Leaving Certificate Examination (including Day School Certificate (Higher) General paper), 1926
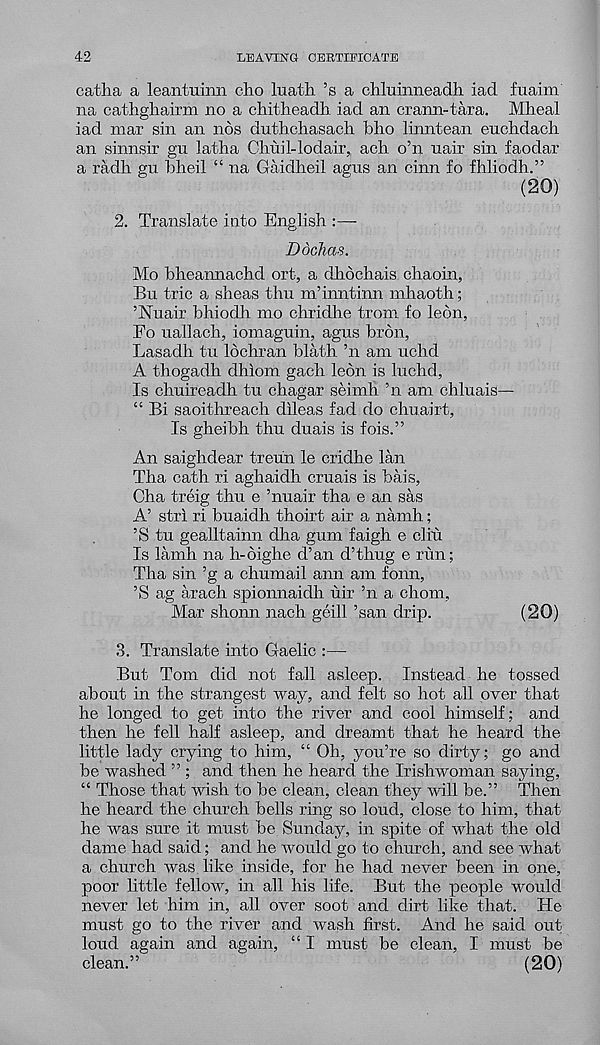
42
LEAVIire CERTIFICATE
catha a leantuiiin clio luath ’s a chluinneadli iad fuaim
na cathgliairm no a chitheadb iad an crann-tara. Mheal
iad mar sin an nos duthcliasach bho linntean euchdacli
an sinnsir gu latlia Chuil-lodair,, ach o’n uair sin faodar
a radh gu bheil “ na Gaidheil agus an cinn fo fhliodh.”
(20)
2. Translate into English :—
Ddchas.
Mo bheannachd ort, a dhochais chaoin,
Bu trie a sheas thu m’inntinn mhaoth;
’Nuair bhiodh mo chridhe trom fo leon,
Fo nail ach, iomaguin, agus hr on,
Lasadh tu Ibchran blath ’n am uchd
A thogadh dhlom gach leon is luchd,
Is chuireadh tu chagar seimh ’n am chluais—
“ Bi saoithreach dileas fad do chuairt,
Is gheibh thu duais is fois.”
An saighdear treun le cridhe lan
Tha cath ri aghaidh cruais is bais,
Cha treig thu e ’nuair tha e an sas
A’ strl ri buaidh thoirt air a namh;
’S tu gealltainn dha gum faigh e cliu
Is lamh na h-6ighe d’an d’thug e run;
Tha sin ’g a chumail ann am fonn,
\S ag arach spionnaidh uir ’n a chom.
Mar shonn nach geill ’san drip.
(20)
3. Translate into Gaelic :—
But Tom did not fall asleep. Instead he tossed
about in the strangest way, and felt so hot all over that
he longed to get into the river and cool himself; and
then he fell half asleep, and dreamt that he heard the
little lady crying to him, “ Oh, you’re so dirty; go and
be washed ” ; and then he heard the Irishwoman saying,
“ Those that wish to be clean, clean they will be.” Then
he heard the church bells ring so loud, close to him, that
he was sure it must be Sunday, in spite of what the old
dame had said; and he Avould go to church, and see what
a church was like inside, for he had never been in one,
poor little fellow, in all his life. But the people would
never let him in, all over soot and dirt like that. He
must go to the river and wash first. And he said out
loud again and again, “ I must be clean, I must be
clean.”
(20)